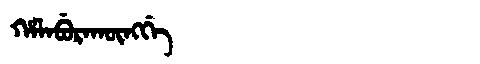
Manchu: ᡥᠠᠯᠠᠪᡠᡵᠠᡴᡡᠩᡤᡝ
Romanization: HALABURAKŪNGGE